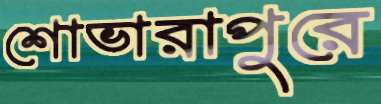
শোভারাপুরে